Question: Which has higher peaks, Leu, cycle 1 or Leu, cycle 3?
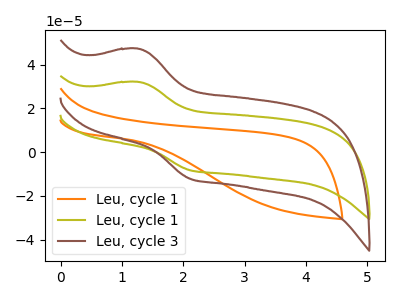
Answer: <think>The orange curve "Leu, cycle 1" has no peaks. The olive curve "Leu, cycle 1" has an anodic peak at (1.25V, 32.20uA) and a cathodic peak at (2.10V, -8.30uA). The brown curve "Leu, cycle 3" has an anodic peak at (1.25V, 47.40uA) and a cathodic peak at (2.10V, -12.20uA).</think>
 <answer>Every peak in "Leu, cycle 1" is lower than every peak in "Leu, cycle 3".</answer>
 <eval>lower</eval>